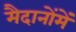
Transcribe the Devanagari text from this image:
मैदानोंमें